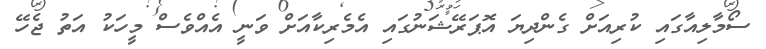
ސޯމާލިއާގައި ކުރިއަށް ގެންދިޔަ އޮޕަރޭޝަނުގައި އެމެރިކާއަށް ވަނީ އެއްވެސް މީހަކު އަތު ޖެހޭ